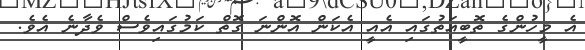
އެ މީހުންގެ ތޮބީއަތުގައި އެއީ އެކަން އޮންނަ ގޮތް ކަމުގައިވެސް ވެދާނެ އެވެ.